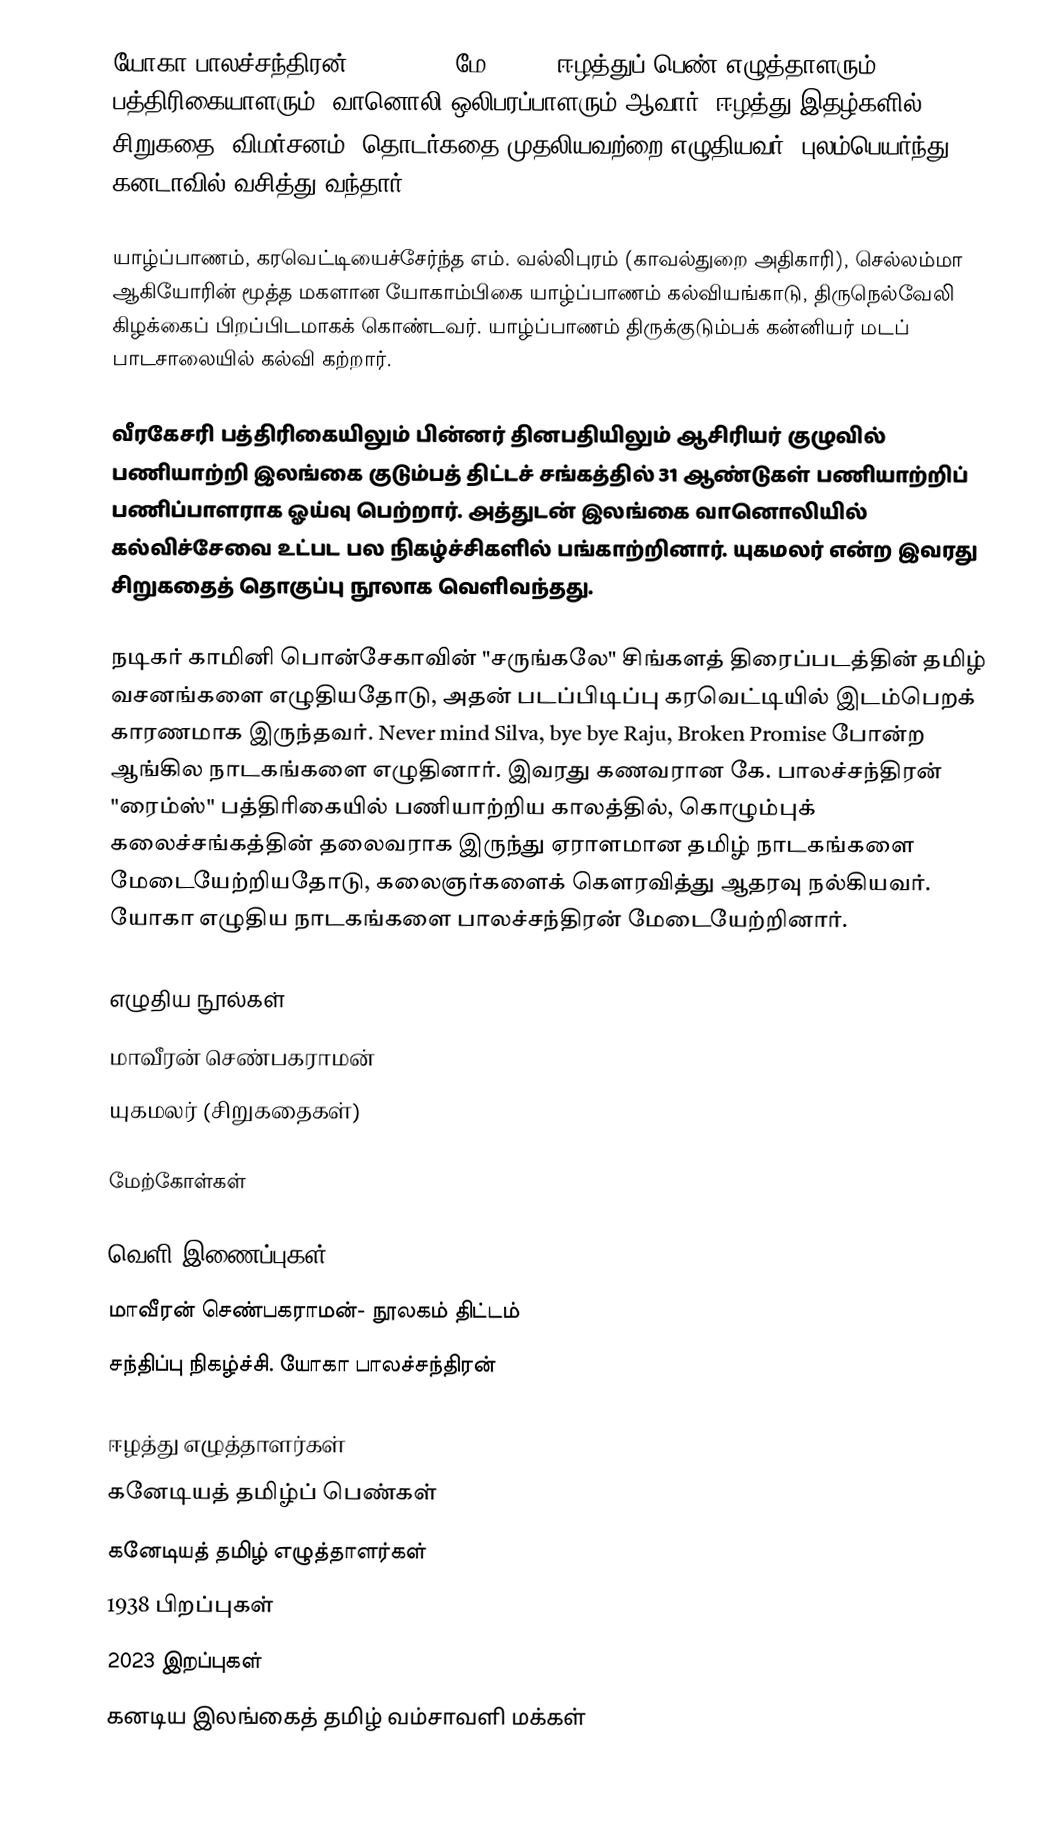
யோகா பாலச்சந்திரன் (1938 - 18 மே 2023), ஈழத்துப் பெண் எழுத்தாளரும் பத்திரிகையாளரும், வானொலி ஒலிபரப்பாளரும் ஆவார். ஈழத்து இதழ்களில் சிறுகதை, விமர்சனம், தொடர்கதை முதலியவற்றை எழுதியவர். புலம்பெயர்ந்து கனடாவில் வசித்து வந்தார்.

யாழ்ப்பாணம், கரவெட்டியைச்சேர்ந்த எம். வல்லிபுரம் (காவல்துறை அதிகாரி), செல்லம்மா ஆகியோரின் மூத்த மகளான யோகாம்பிகை யாழ்ப்பாணம் கல்வியங்காடு, திருநெல்வேலி கிழக்கைப் பிறப்பிடமாகக் கொண்டவர். யாழ்ப்பாணம் திருக்குடும்பக் கன்னியர் மடப் பாடசாலையில் கல்வி கற்றார்.

வீரகேசரி பத்திரிகையிலும் பின்னர் தினபதியிலும் ஆசிரியர் குழுவில் பணியாற்றி இலங்கை குடும்பத் திட்டச் சங்கத்தில் 31 ஆண்டுகள் பணியாற்றிப் பணிப்பாளராக ஓய்வு பெற்றார். அத்துடன் இலங்கை வானொலியில் கல்விச்சேவை உட்பட பல நிகழ்ச்சிகளில் பங்காற்றினார். யுகமலர் என்ற இவரது சிறுகதைத் தொகுப்பு நூலாக வெளிவந்தது.

நடிகர் காமினி பொன்சேகாவின் "சருங்கலே" சிங்களத் திரைப்படத்தின் தமிழ் வசனங்களை எழுதியதோடு, அதன் படப்பிடிப்பு கரவெட்டியில் இடம்பெறக் காரணமாக இருந்தவர். Never mind Silva, bye bye Raju, Broken Promise போன்ற ஆங்கில நாடகங்களை எழுதினார். இவரது கணவரான கே. பாலச்சந்திரன் "ரைம்ஸ்" பத்திரிகையில் பணியாற்றிய காலத்தில், கொழும்புக் கலைச்சங்கத்தின் தலைவராக இருந்து ஏராளமான தமிழ் நாடகங்களை மேடையேற்றியதோடு, கலைஞர்களைக் கெளரவித்து ஆதரவு நல்கியவர். யோகா எழுதிய நாடகங்களை பாலச்சந்திரன் மேடையேற்றினார்.

எழுதிய நூல்கள்
மாவீரன் செண்பகராமன்
யுகமலர் (சிறுகதைகள்)

மேற்கோள்கள்

வெளி இணைப்புகள்
மாவீரன் செண்பகராமன்- நூலகம் திட்டம்
சந்திப்பு நிகழ்ச்சி. யோகா பாலச்சந்திரன்

ஈழத்து எழுத்தாளர்கள்
கனேடியத் தமிழ்ப் பெண்கள்
கனேடியத் தமிழ் எழுத்தாளர்கள்
1938 பிறப்புகள்
2023 இறப்புகள்
கனடிய இலங்கைத் தமிழ் வம்சாவளி மக்கள்